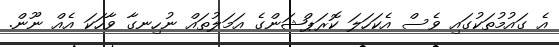
އެ ގައުމުތަކުގައި ވެސް އެކަހަލަ ކޮރަޕްޝަންގެ އަމަލުތައް ނުހިނގާ ވާހަކަ އެއް ނޫން.